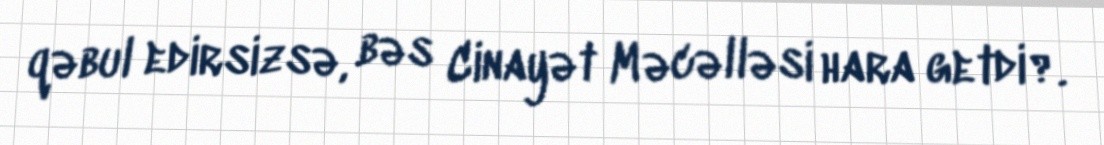
qəbul edirsizsə, bəs Cinayət Məcəlləsi hara getdi?.